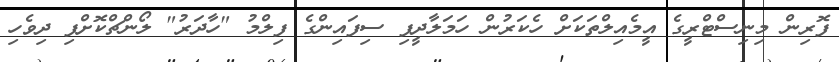
ފޮރިން މިނިސްޓްރީގެ އީމެއިލްތަކަށް ހެކަރުން ހަމަލާދީފި ސިފައިންގެ ފިލްމު "ހާދަރު" ލޯންޗްކޮށްފި ދިވެހި